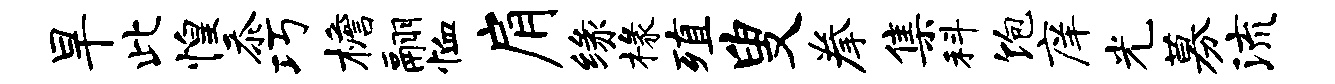
旱此惶忝巧檐翮恤肩缘椽殖叟拳集科饱庠光募流